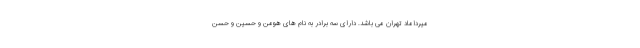
میرداماد تهران می باشد. دارای سه برادر به نام های هومن و حسین و حسن